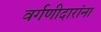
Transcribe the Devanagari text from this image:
वर्गणीदारांना